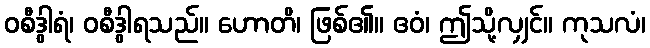
ဝစီဒွါရံ၊ ဝစီဒွါရသည်။ ဟောတိ၊ ဖြစ်၏။ ဧဝံ၊ ဤသို့လျှင်။ ကုသလံ၊